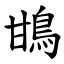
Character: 䲺